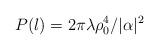
LaTeX: \begin{align*}P(l) = 2\pi \lambda \rho_0^4/ |\alpha |^2\end{align*}